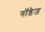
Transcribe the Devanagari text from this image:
गॉडेज